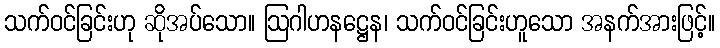
သက်ဝင်ခြင်းဟု ဆိုအပ်သော။ ဩဂါဟနဋ္ဌေန၊ သက်ဝင်ခြင်းဟူသော အနက်အားဖြင့်။